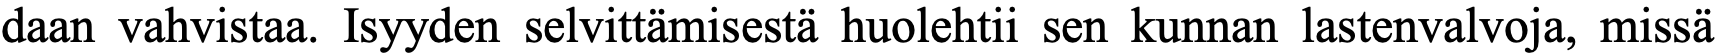
daan vahvistaa. Isyyden selvittämisestä huolehtii sen kunnan lastenvalvoja, missä